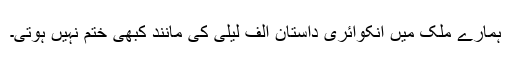
ہمارے ملک میں انکوائری داستان الف لیلیٰ کی مانند کبھی ختم نہیں ہوتی۔